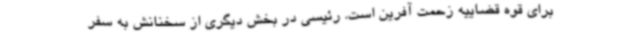
برای قوه قضاییه زحمت آفرین است. رئیسی در بخش دیگری از سخنانش به سفر